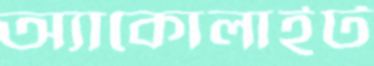
অ্যাকোলাইট